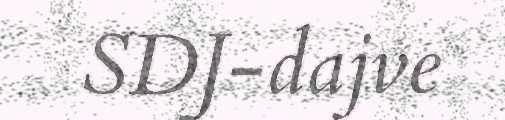
SDJ-dajve